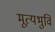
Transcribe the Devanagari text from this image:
मूत्यभुवि